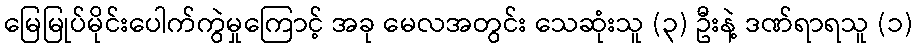
မြေမြုပ်မိုင်းပေါက်ကွဲမှုကြောင့် အခု မေလအတွင်း သေဆုံးသူ (၃) ဦးနဲ့ ဒဏ်ရာရသူ (၁)